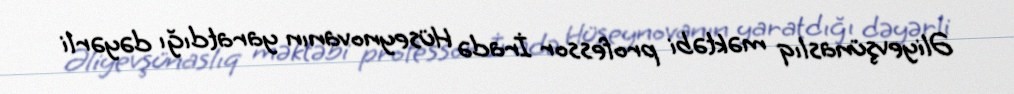
Əliyevşünaslıq məktəbi professor İradə Hüseynovanın yaratdığı dəyərli